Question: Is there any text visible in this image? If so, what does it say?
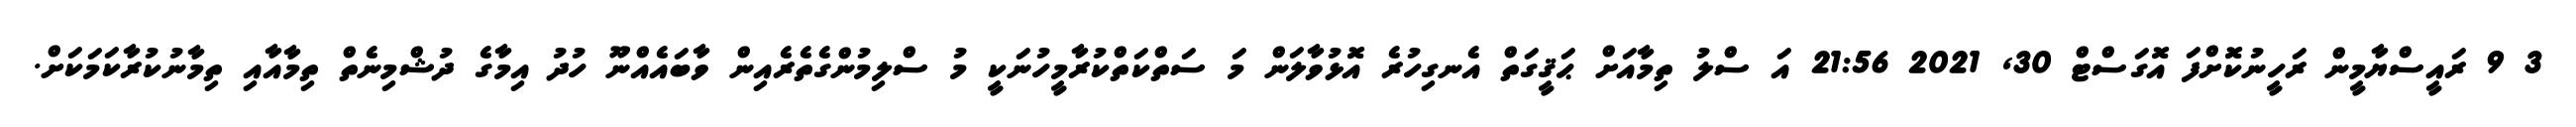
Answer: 3 9 ރައީސްޔާމީން ރަހީނުކޮށްފަ އޮގަސްޓް 30, 2021 21:56 އަ ސްލު ތިމާއަށް ޙަޤީގަތް އެނގިހުރެ އޮޅުވާލަން މަ ސަތްކަތްކުރާމީހުނަކީ މު ސްލިމުންގެތެރެއިން ވާބައެއްނޫ ހުދު އިމާގެ ދުޝްމިނެތް ތިމާއާއި ތިމާނުކުރާކަމަކަށް.